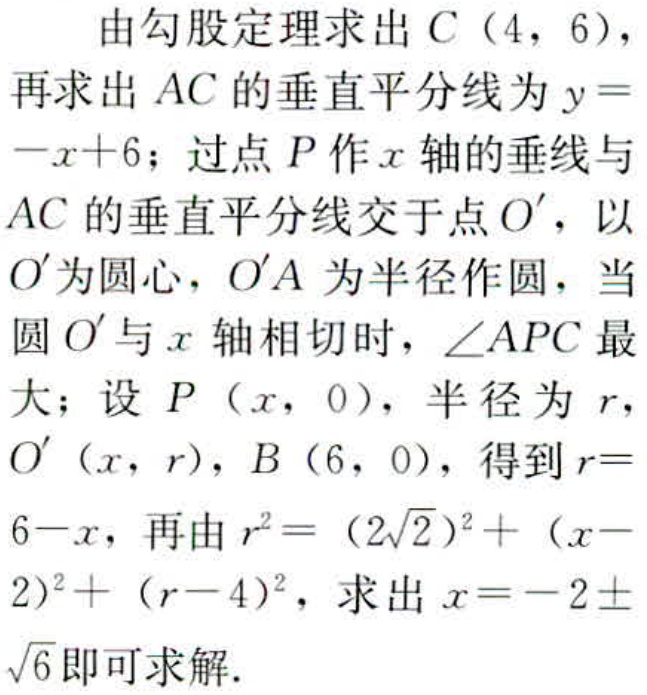
由勾股定理求出\(C(4,6)\)，

再求出\(AC\)的垂直平分线为\(y = -x + 6\)；过点\(P\)作\(x\)轴的垂线与\(AC\)的垂直平分线交于点\(O'\)，以\(O'\)为圆心，\(O'A\)为半径作圆，当圆\(O'\)与\(x\)轴相切时，\(\angle APC\)最大；设\(P(x,0)\)，半径为\(r\)，\(O'(x,r)\)，\(B(6,0)\)，得到\(r = 6 - x\)，再由\(r^{2}=(2\sqrt{2})^{2}+(x - 2)^{2}+(r - 4)^{2}\)，求出\(x=-2\pm\sqrt{6}\)即可求解.